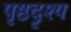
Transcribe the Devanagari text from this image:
पृष्ठदृश्य